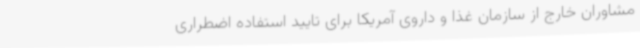
مشاوران خارج از سازمان غذا و داروی آمریکا برای تایید استفاده اضطراری